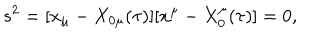
LaTeX: s ^ { 2 } = [ x _ { \mu } - X _ { 0 \mu } ( \tau ) ] [ x ^ { \mu } - X _ { 0 } ^ { \mu } ( \tau ) ] = 0 ,